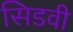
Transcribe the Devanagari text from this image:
सिडवी